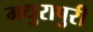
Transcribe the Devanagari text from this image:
मधुरापुरी